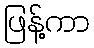
ဖြန့်ကာ